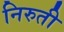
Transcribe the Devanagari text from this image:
निरुती